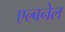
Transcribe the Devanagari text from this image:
एल्बनेल